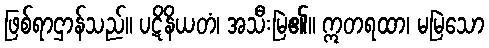
ဖြစ်ရာဌာန်သည်။ ပဋိနိယတံ၊ အသီးမြဲ၏။ ဣတရထာ၊ မမြဲသော